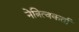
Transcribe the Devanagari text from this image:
नेत्रित्वकर्ता